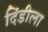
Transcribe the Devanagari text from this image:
दिंडीला